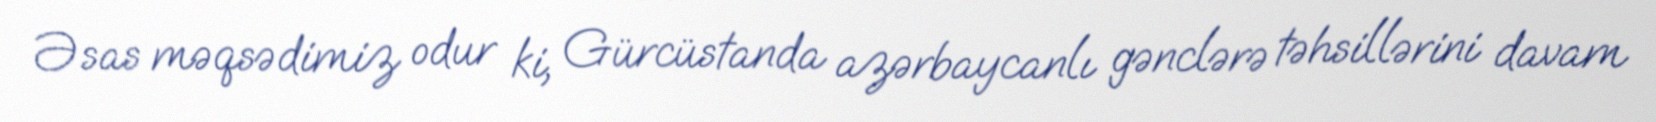
Əsas məqsədimiz odur ki, Gürcüstanda azərbaycanlı gənclərə təhsillərini davam